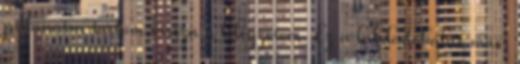
pillanatra tartom vissza a lélegzetem. Ez a labdadobálás más,